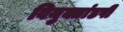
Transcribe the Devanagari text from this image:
वियुक्तांडपी